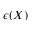
\epsilon ( X )